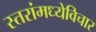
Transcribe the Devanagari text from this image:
स्तरांमध्येविचार